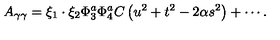
A _ { \gamma \gamma } = \xi _ { 1 } \cdot \xi _ { 2 } \Phi _ { 3 } ^ { a } \Phi _ { 4 } ^ { a } C \left( u ^ { 2 } + t ^ { 2 } - 2 \alpha s ^ { 2 } \right) + \cdots .